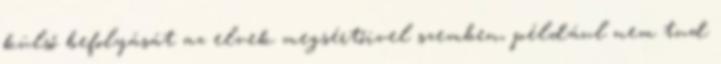
külső befolyását az elvek megsértőivel szemben, például nem tud